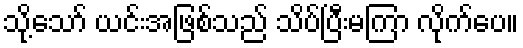
သို့သော် ယင်းအဖြစ်သည် သိပ်ပြီးမကြာ လိုက်ပေ။